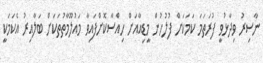
ނާސިރު ވިދާޅުވީ ފުރަތަމަ ކަމަކަށް ފުލުހުން މީޑިއާއަށް ހިއްސާކޮށްފައިވާ މައުލޫމާތުތަކަށް ބަލާއިރު އެކަމަކީ